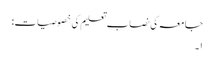
جامعہ کی نصاب تعلیم کی خصوصیات:
۱۔